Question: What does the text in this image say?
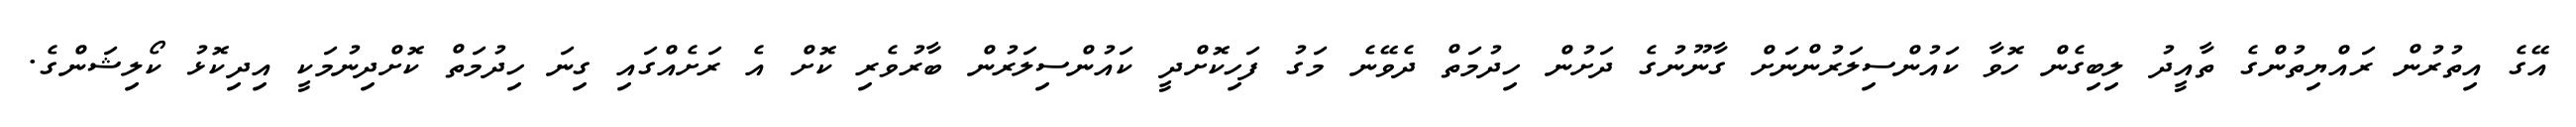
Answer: އޭގެ އިތުރުން ރައްޔިތުންގެ ތާއީދު ލިބިގެން ހޮވާ ކައުންސިލަރުންނަށް ގާނޫނުގެ ދަށުން ހިދުމަތް ދެވޭނެ މަގު ފަހިކޮށްދީ ކައުންސިލަރުން ބާރުވެރި ކޮށް އެ ރަށެއްގައި ގިނަ ހިދުމަތް ކޮށްދިނުމަކީ އިދިކޮޅު ކޯލިޝަންގެ.